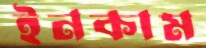
ইনকাম